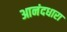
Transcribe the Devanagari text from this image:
आनंदधारा